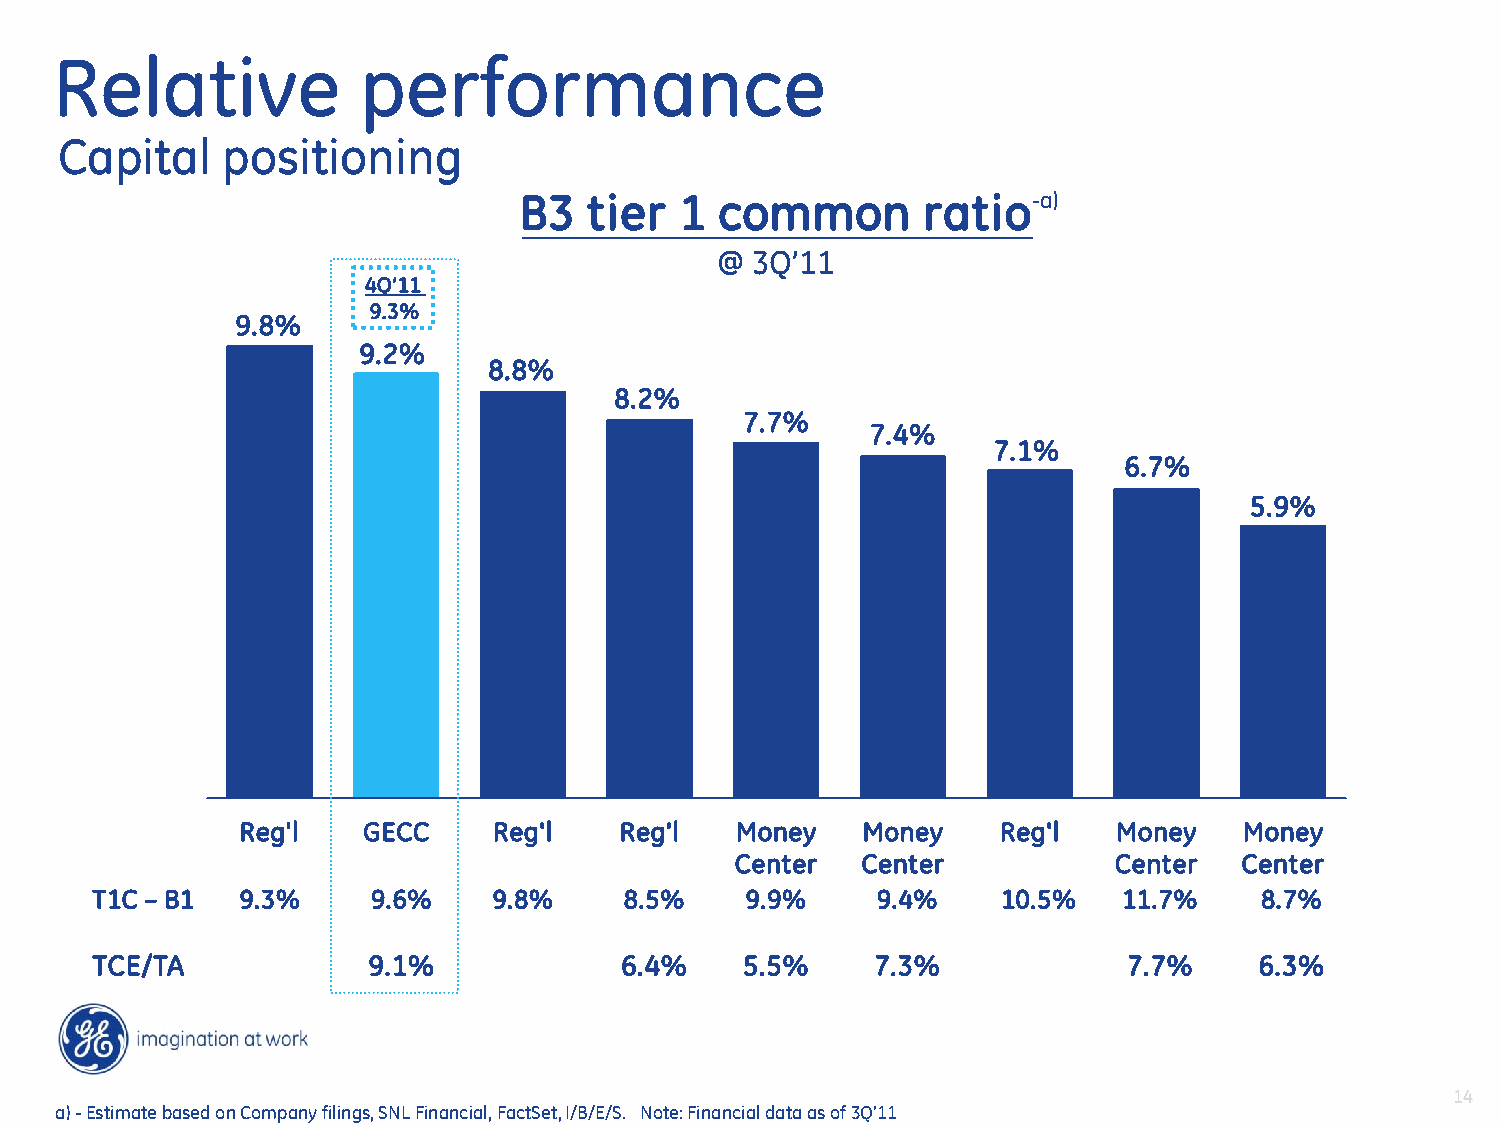
Relative             performance
 Capital    positioning
 B3   tier  1  common       ratio-  a )
 @  3Q’11
 4Q’11
 9.3%
 9.8%
 9.2%
 8.8%
 8.2%
 7.7%
 7.4%
 7.1%
 6.7%
 5.9%
 Reg'l   GECC     Reg'l   Reg'l   Money   Money    Reg'l   Money   Money
 Center  Center           Center  Center
 T1C – B1  9.3%     9.6%    9.8%    8.5%    9.9%     9.4%    10.5%   11.7%    8.7%
 TCE/TA            9.1%             6.4%    5.5%     7.3%             7.7%    6.3%
 14
 a) - Estimate based on Company filings, SNL Financial, FactSet, I/B/E/S. Note: Financial data as of 3Q’11